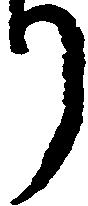
り